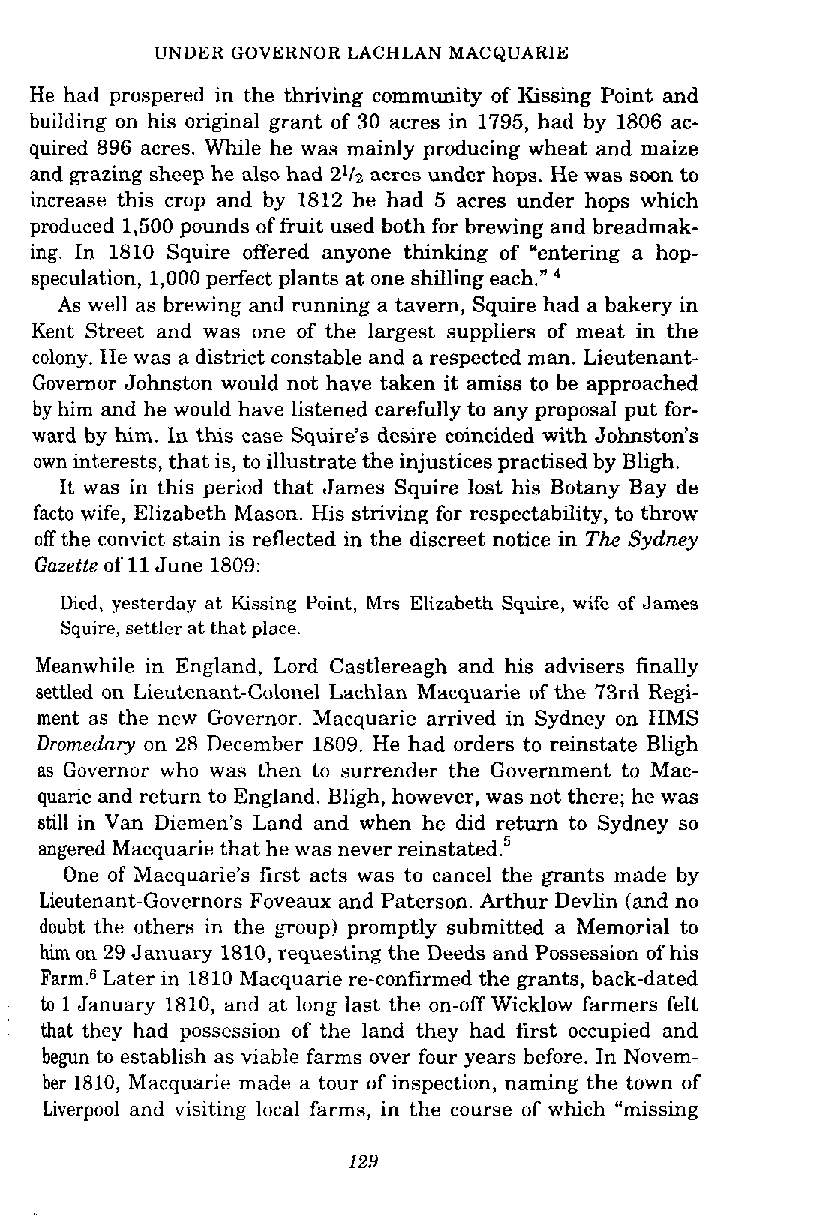
UNDER GOVERNOR LACHLAN MACQUARIE
 He had prospered in the thriving community of Kissing Point and
 building on his original grant of 30 acres in 1795, had by 1806 ac-
 quired 896 acres. While he was mainly producing wheat and maize
 and grazing sheep he also had 2% acres under hops. He was soon to
 increase this crop and by 1812 he had 5 acres under hops which
 produced 1,500 pounds of fruit used both for brewing and breadmak-
 ing. In 1810 Squire offered anyone thinking of "entering a hop-
 speculation, 1,000 perfect plants at one shilling each."
 As well as brewing and running a tavern, Squire had a bakery in
 Kent Street and was one of the largest suppliers of meat in the
 colony. He was a district constable and a respected man. Lieutenant-
 Governor Johnston would not have taken it amiss to be approached
 by him and he would have listened carefully to any proposal put for-
 ward by him. In this case Squire's desire coincided with Johnston's
 own interests, that is, to illustrate the injustices practised by Bligh.
 It was in this period that James Squire lost his Botany Bay de
 facto wife, Elizabeth Mason. His striving for respectability, to throw
 off the convict stain is reflected in the discreet notice in The Sydney
 Gazette of 11 June 1809:
 Died, yesterday at kssing Point, Mrs Elizabeth Squire, wife of James
 Squire, settler at that place.
 Meanwhile in England, Lord Castlereagh and his advisers finally
 settled on Lieutenant-Colonel Lachlan Macquarie of the 73rd Regi-
 ment as the new Governor. Macquarie arrived in Sydney on HMS
 Dromedary on 28 December 1809. He had orders to reinstate Bligh
 as Governor who was then to surrender the Government to Mac-
 quarie and return to England. Bligh, however, was not there; he was
 still in Van Diemen's Land and when he did return to Sydney so
 angered Macquarie that he was never reinstated.'
 One of Macquarie's first acts was to cancel the grants made by
 Lieutenant-Governors Foveaux and Paterson. Arthur Devlin (and no
 doubt the others in the group) promptly submitted a Memorial to
 him on 29 January 1810, requesting the Deeds and Possession of his
 Farm.Xater in 1810 Macquarie re-confirmed the grants, back-dated
 to 1 January 1810, and at long last the on-off Wicklow farmers felt
 that they had possession of the land they had first occupied and
 begun to establish as viable farms over four years before. In Novem-
 ber 1810, Macquarie made a tour of inspection, naming the town of
 Liverpool and visiting local farms, in the course of which "missing